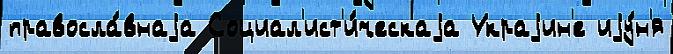
правосла́внаjа Социал'ист'и́ческаjа Украjин'е иjу́н'я